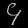
Digit: ၄